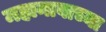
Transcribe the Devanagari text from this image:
महानावाच्या